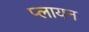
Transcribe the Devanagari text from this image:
प्लायन